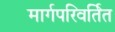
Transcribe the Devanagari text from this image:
मार्गपरिवर्तित